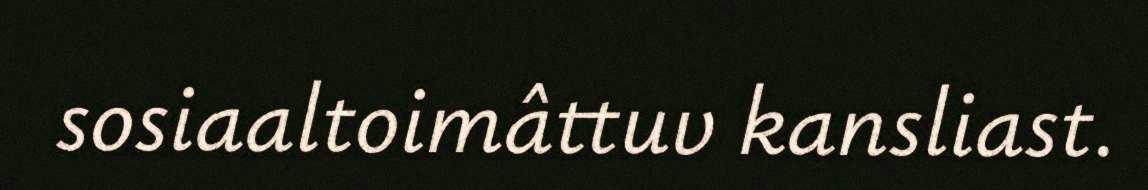
sosiaaltoimâttuv kansliast.